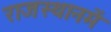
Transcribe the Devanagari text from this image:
राजस्थानमें